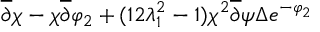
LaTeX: \overline { { { \partial } } } \chi - \chi \overline { { { \partial } } } \varphi _ { 2 } + ( { 1 \o { 2 \lambda _ { 1 } ^ { 2 } } } - 1 ) { { \chi ^ { 2 } \overline { { { \partial } } } \psi } \o \Delta } e ^ { - \varphi _ { 2 } }